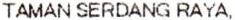
TAMAN SERDANG RAYA,